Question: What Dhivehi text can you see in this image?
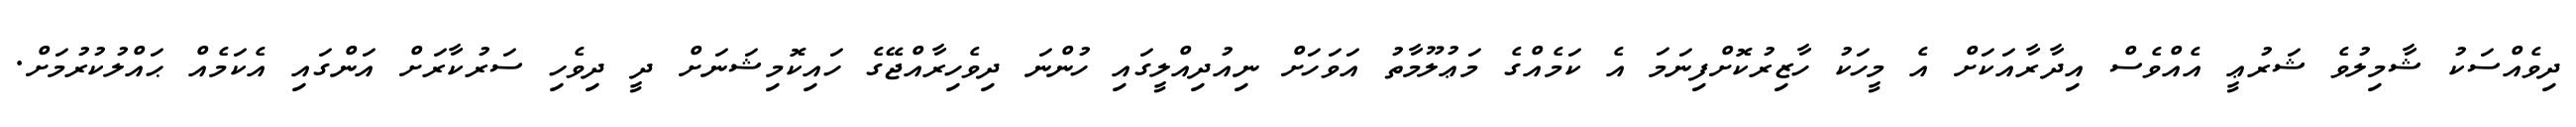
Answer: ދިވެއްސަކު ޝާމިލުވެ ޝަރުޢީ އެއްވެސް އިދާރާއަކަށް އެ މީހަކު ހާޒިރުކޮށްފިނަމަ އެ ކަމެއްގެ މަޢުލޫމާތު އަވަހަށް ނިއުދިއްލީގައި ހުންނަ ދިވެހިރާއްޖޭގެ ހައިކޮމިޝަނަށް ދީ ދިވެހި ސަރުކާރަށް އަންގައި އެކަމެއް ޙައްލުކުރުމަށް.